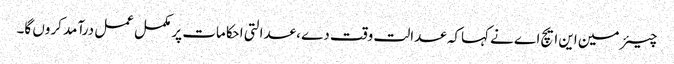
چیئر مین این ایچ اے نے کہاکہ عدالت وقت دے ،عدالتی احکامات پر مکمل عمل درآمد کروں گا۔